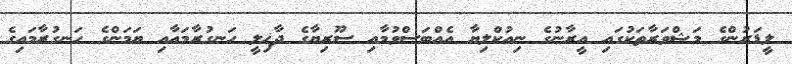
ލީޑަރުންގެ މަޝްވަރާތަކުގައި އީރާނުގެ ނިއުކްލިޔާ އެއްބަސްވުމާއި ސޫރިޔާގެ ދާޚިލީ ހަނގުރާމައާއި ޔަމަންގެ ހަނގުރާމައިގެ